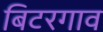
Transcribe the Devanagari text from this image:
बिटरगाव